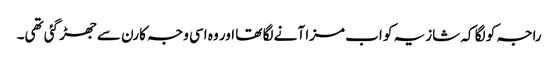
راجہ کو لگا کہ شازیہ کو اب مزا آنے لگا تھا اور وہ اسی وجہ کارن سے جھڑ گئی تھی۔